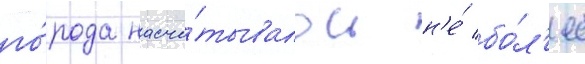
го́рода насчи́тывалось н'е́ бо́л'ее